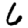
Digit: 6